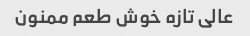
عالی تازه خوش طعم ممنون